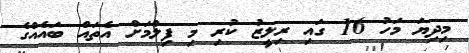
މިދިޔަ މަހު 16 ގައި ރިލީޒު ކުރި މި ފިލްމަަށް އެތައް ބައެއްގެ